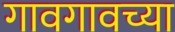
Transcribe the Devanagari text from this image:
गावगावच्या